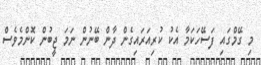
މި ގޭމްގައި ފަސޭހަކަމާ އެކު ކުރިއަރައިގެން ދާން ބޭނުން ނަމަ ޖީބުން ކޮންމެވެސް